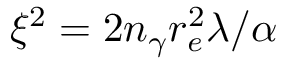
\xi ^ { 2 } = 2 n _ { \gamma } r _ { e } ^ { 2 } \lambda / \alpha